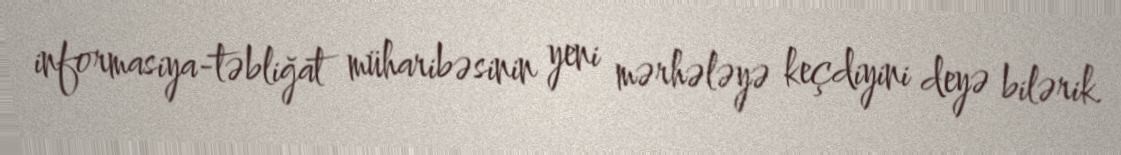
informasiya-təbliğat müharibəsinin yeni mərhələyə keçdiyini deyə bilərik.